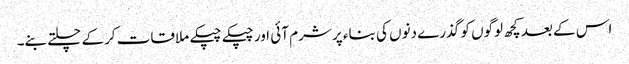
اس کے بعد کچھ لوگوں کو گذرے دنوں کی بناء پر شرم آئی اور چپکے چپکے ملاقات کرکے چلتے بنے۔